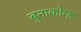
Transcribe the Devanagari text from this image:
बुनाकोव्ह